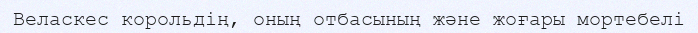
Веласкес корольдің, оның отбасының және жоғары мортебелі